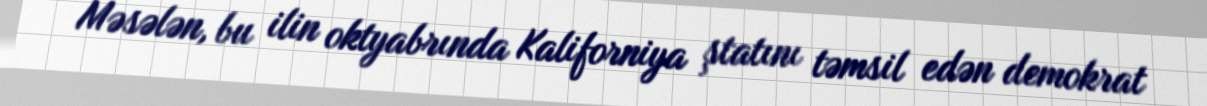
Məsələn, bu ilin oktyabrında Kaliforniya ştatını təmsil edən demokrat